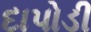
દાપોડી